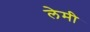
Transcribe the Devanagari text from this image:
लेमी